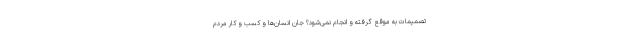
تصمیمات به موقع گرفته و انجام نمی‌شود؟ جان انسان‌ها و کسب و کار مردم